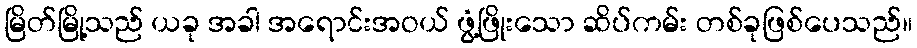
မြိတ်မြို့သည် ယခု အခါ အရောင်းအဝယ် ဖွံ့ဖြိုးသော ဆိပ်ကမ်း တစ်ခုဖြစ်ပေသည်။